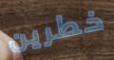
خطرين